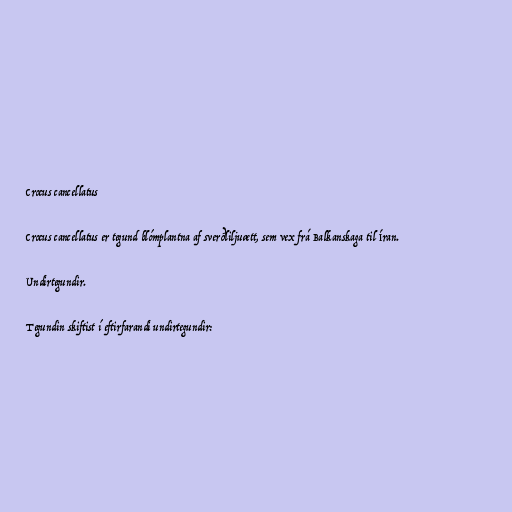
Crocus cancellatus

Crocus cancellatus er tegund blómplantna af sverðliljuætt, sem vex frá Balkanskaga til Íran.

Undirtegundir.

Tegundin skiftist í eftirfarandi undirtegundir: